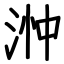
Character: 浺